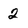
Character: 2